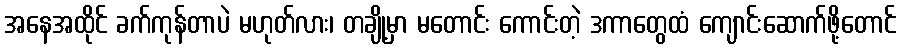
အနေအထိုင် ခက်ကုန်တာပဲ မဟုတ်လား၊ တချို့မှာ မတောင်း ကောင်းတဲ့ ဒကာတွေထံ ကျောင်းဆောက်ဖို့တောင်